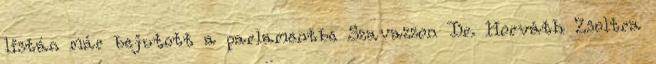
listán már bejutott a parlamentbe Szavazzon Dr. Horváth Zsoltra